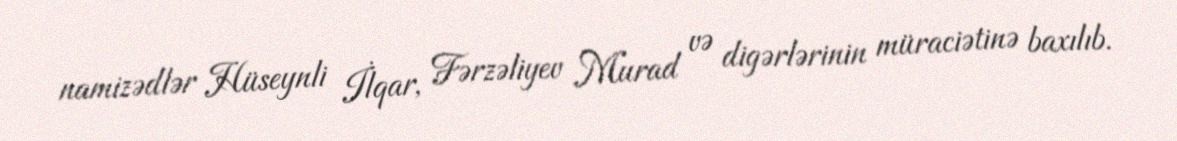
namizədlər Hüseynli İlqar, Fərzəliyev Murad və digərlərinin müraciətinə baxılıb.